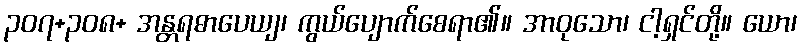
၃၀၇+၃၀၈+ အန္တရဓာပေယျ၊ ကွယ်ပျောက်စေရာ၏။ အာဝုသော၊ ငါ့ရှင်တို့။ ယော၊